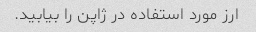
ارز مورد استفاده در ژاپن را بیابید.